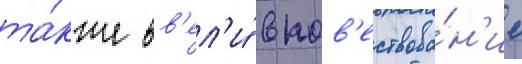
та́кже вв'ел'и́ в пов'ествова́н'ие